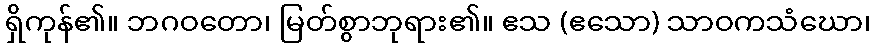
ရှိကုန်၏။ ဘဂဝတော၊ မြတ်စွာဘုရား၏။ ဧသ (ဧသော) သာဝကသံဃော၊